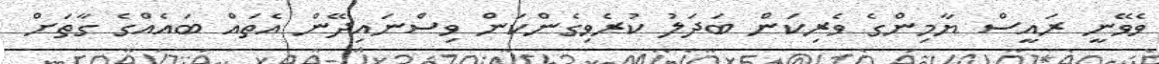
ވެވޭނީ ރައީސް ޔާމިންގެ ވެރިކަން ބަދަލު ކުރެވިގެންކަން ވިސްނައިދޭން އެތައް ބައެއްގެ ގާތަށް